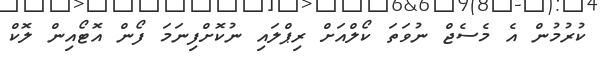
ކުރުމުން އެ މެސެޖް ނުވަތަ ކޯލްއަށް ރިޕްލައި ނުކޮށްފިނަމަ ފޯން އޮޓޯއިން ލޮކް